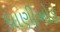
ધાણીખોડ